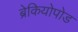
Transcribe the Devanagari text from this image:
ब्रेकियोपोड